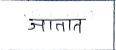
मजकूर: जातात